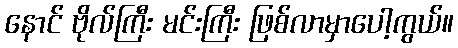
နောင် ဗိုလ်ကြီး မင်းကြီး ဖြစ်လာမှာပေါ့ကွယ်။